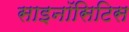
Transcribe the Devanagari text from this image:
साइनॉसिटिस